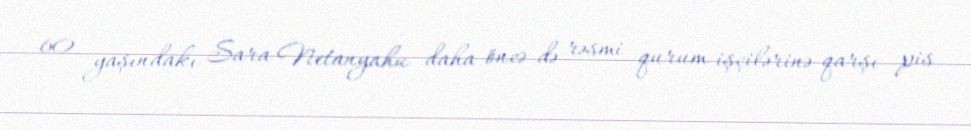
60 yaşındakı Sara Netanyahu daha öncə də rəsmi qurum işçilərinə qarşı pis